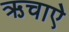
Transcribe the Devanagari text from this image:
ऋचाऐ